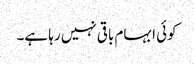
کوئی ابہام باقی نہیں رہا ہے۔